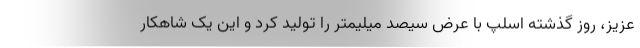
عزیز، روز گذشته اسلپ با عرض سیصد میلیمتر را تولید کرد و این یک شاهکار